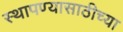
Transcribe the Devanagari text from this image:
स्थापण्यासाठीच्या